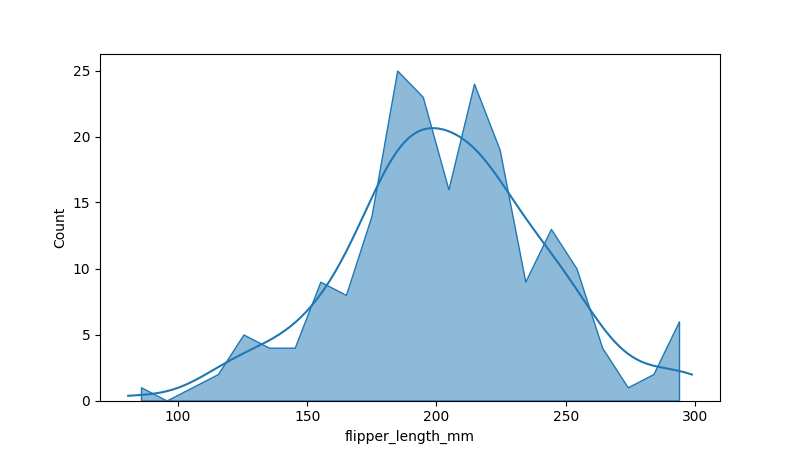
python, seaborn, histplot, hue='all', binwidth=10, bins='10', element='poly'